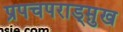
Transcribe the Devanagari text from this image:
प्रपचपराड्म़ुख